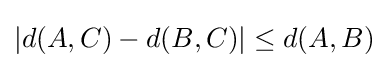
|d(A,C)-d(B,C)|\leq d(A,B)